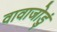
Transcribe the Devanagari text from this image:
वावाजोडुं